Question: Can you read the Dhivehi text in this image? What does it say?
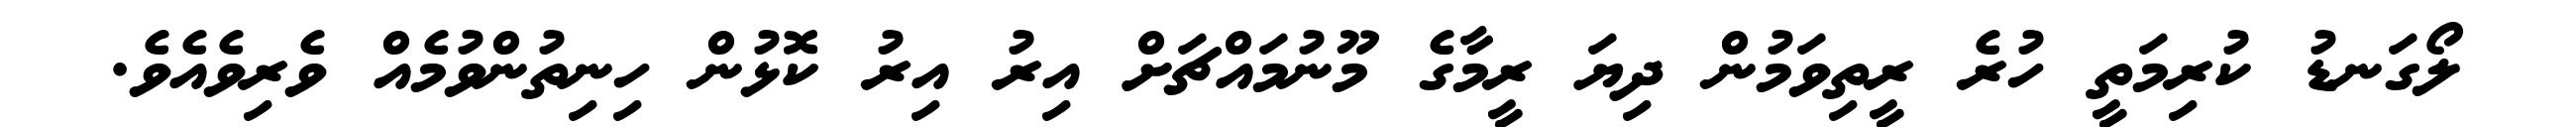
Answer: ލޯގަނޑު ކުރިމަތީ ހުރެ ރީތިވަމުން ދިޔަ ރީމާގެ މޫނުމައްޗަށް އިރު އިރު ކޮޅުން ހިނިތުންވުމެއް ވެރިވެއެވެ.